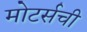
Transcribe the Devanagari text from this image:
मोटर्सची